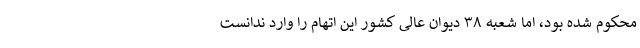
محکوم شده بود، اما شعبه ۳۸ دیوان عالی کشور این اتهام را وارد ندانست